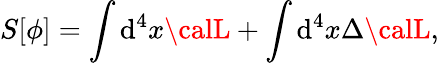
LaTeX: S[\phi]=\int\mathrm{d}^{4}x{\calL}+\int\mathrm{d}^{4}x{\Delta}{\calL},